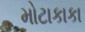
મોટાકાકા